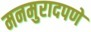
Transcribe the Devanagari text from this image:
मनमुरादपणे